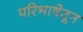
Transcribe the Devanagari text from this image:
परिभाषेतून